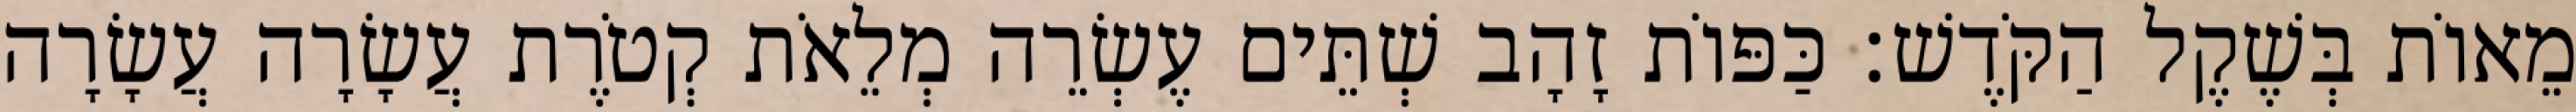
מֵאוֹת בְּשֶׁקֶל הַקֹּדֶשׁ׃ כַּפּוֹת זָהָב שְׁתֵּים עֶשְׂרֵה מְלֵאֹת קְטֹרֶת עֲשָׂרָה עֲשָׂרָה